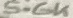
Text: 5.6K